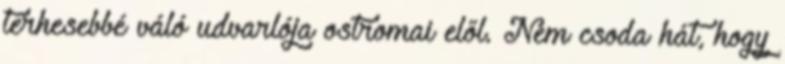
terhesebbé váló udvarlója ostromai elől. Nem csoda hát, hogy